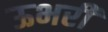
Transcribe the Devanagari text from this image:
ऊभरी